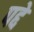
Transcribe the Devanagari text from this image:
पद्दे